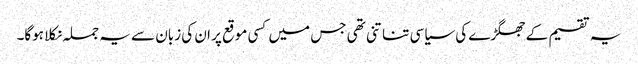
یہ تقسیم کے جھگڑے کی سیاسی تناتنی تھی جس میں کسی موقع پر ان کی زبان سے یہ جملہ نکلا ہوگا۔